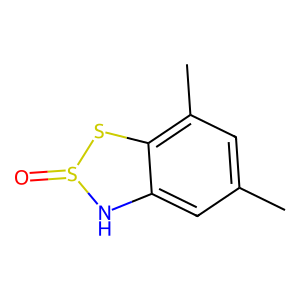
SMILES: Cc1cc(C)c2c(c1)NS(=O)S2
Inhibits HIV replication: No